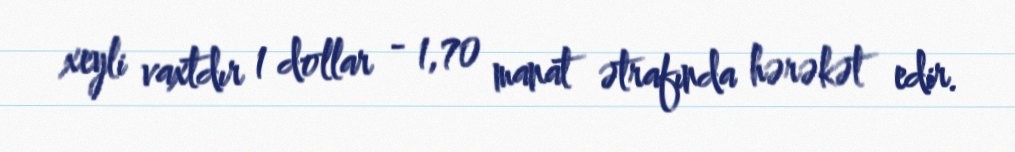
xeyli vaxtdır 1 dollar - 1,70 manat ətrafında hərəkət edir.